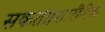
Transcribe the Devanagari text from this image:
सकता।शारीरिक